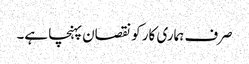
صرف ہماری کار کو نقصان پہنچا ہے۔